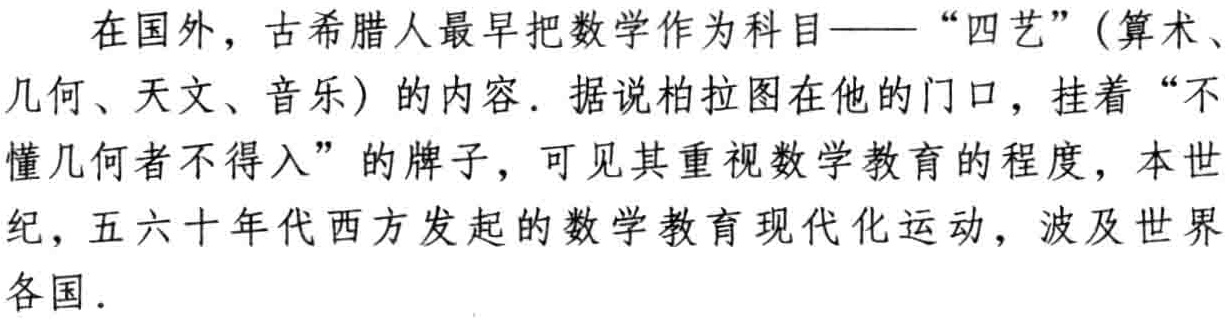
在国外，古希腊人最早把数学作为科目——“四艺”（算术、几何、天文、音乐）的内容. 据说柏拉图在他的门口，挂着“不懂几何者不得入”的牌子，可见其重视数学教育的程度，本世纪，五六十年代西方发起的数学教育现代化运动，波及世界各国.